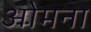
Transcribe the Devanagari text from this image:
ओमना